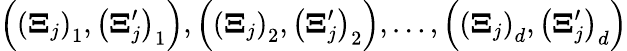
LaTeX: \left(\left(\boldsymbol{\Xi}_{j}\right)_{1},\left(\boldsymbol{\Xi}_{j}^{\prime}\right)_{1}\right),\left(\left(\boldsymbol{\Xi}_{j}\right)_{2},\left(\boldsymbol{\Xi}_{j}^{\prime}\right)_{2}\right),\ldots,\left(\left(\boldsymbol{\Xi}_{j}\right)_{d},\left(\boldsymbol{\Xi}_{j}^{\prime}\right)_{d}\right)